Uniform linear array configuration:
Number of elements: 16
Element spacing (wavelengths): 0.75
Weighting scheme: cosine
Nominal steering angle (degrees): -60
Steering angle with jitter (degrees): -60.219
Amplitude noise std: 0.05
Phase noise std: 0.05

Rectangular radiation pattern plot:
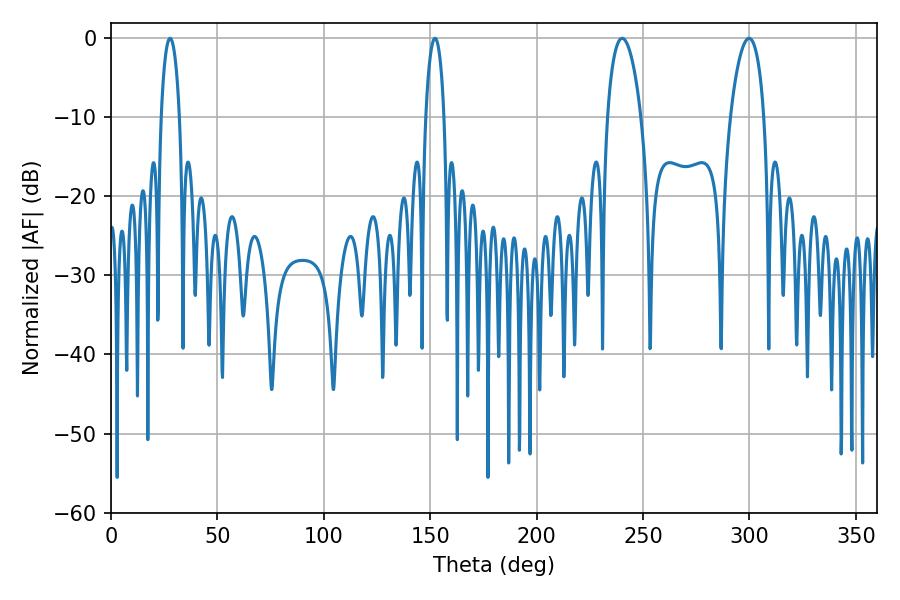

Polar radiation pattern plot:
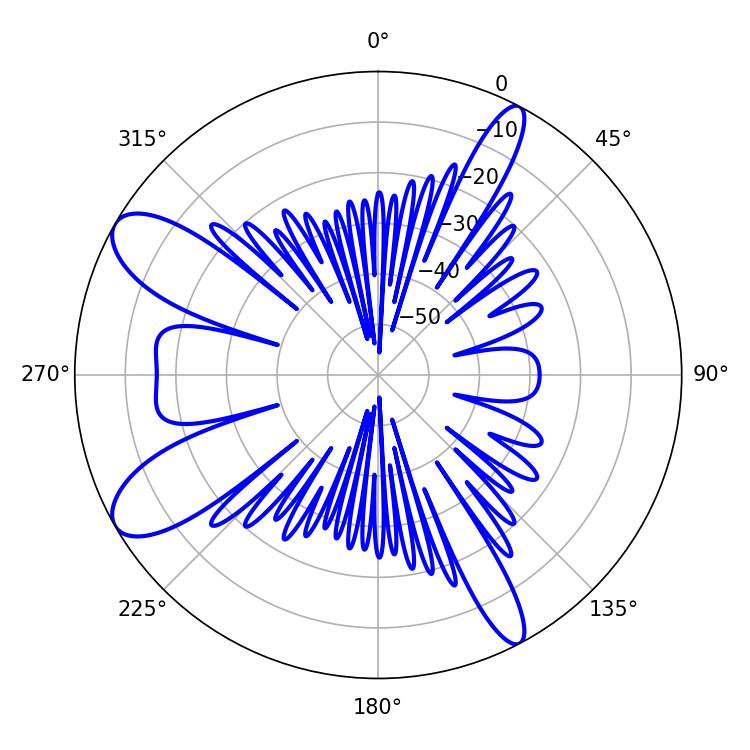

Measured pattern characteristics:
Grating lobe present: TRUE
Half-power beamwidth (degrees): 4.86
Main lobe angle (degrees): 27.72